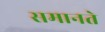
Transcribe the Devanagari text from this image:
समानते